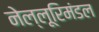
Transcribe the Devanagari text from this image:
नेल्लूरिमंडल